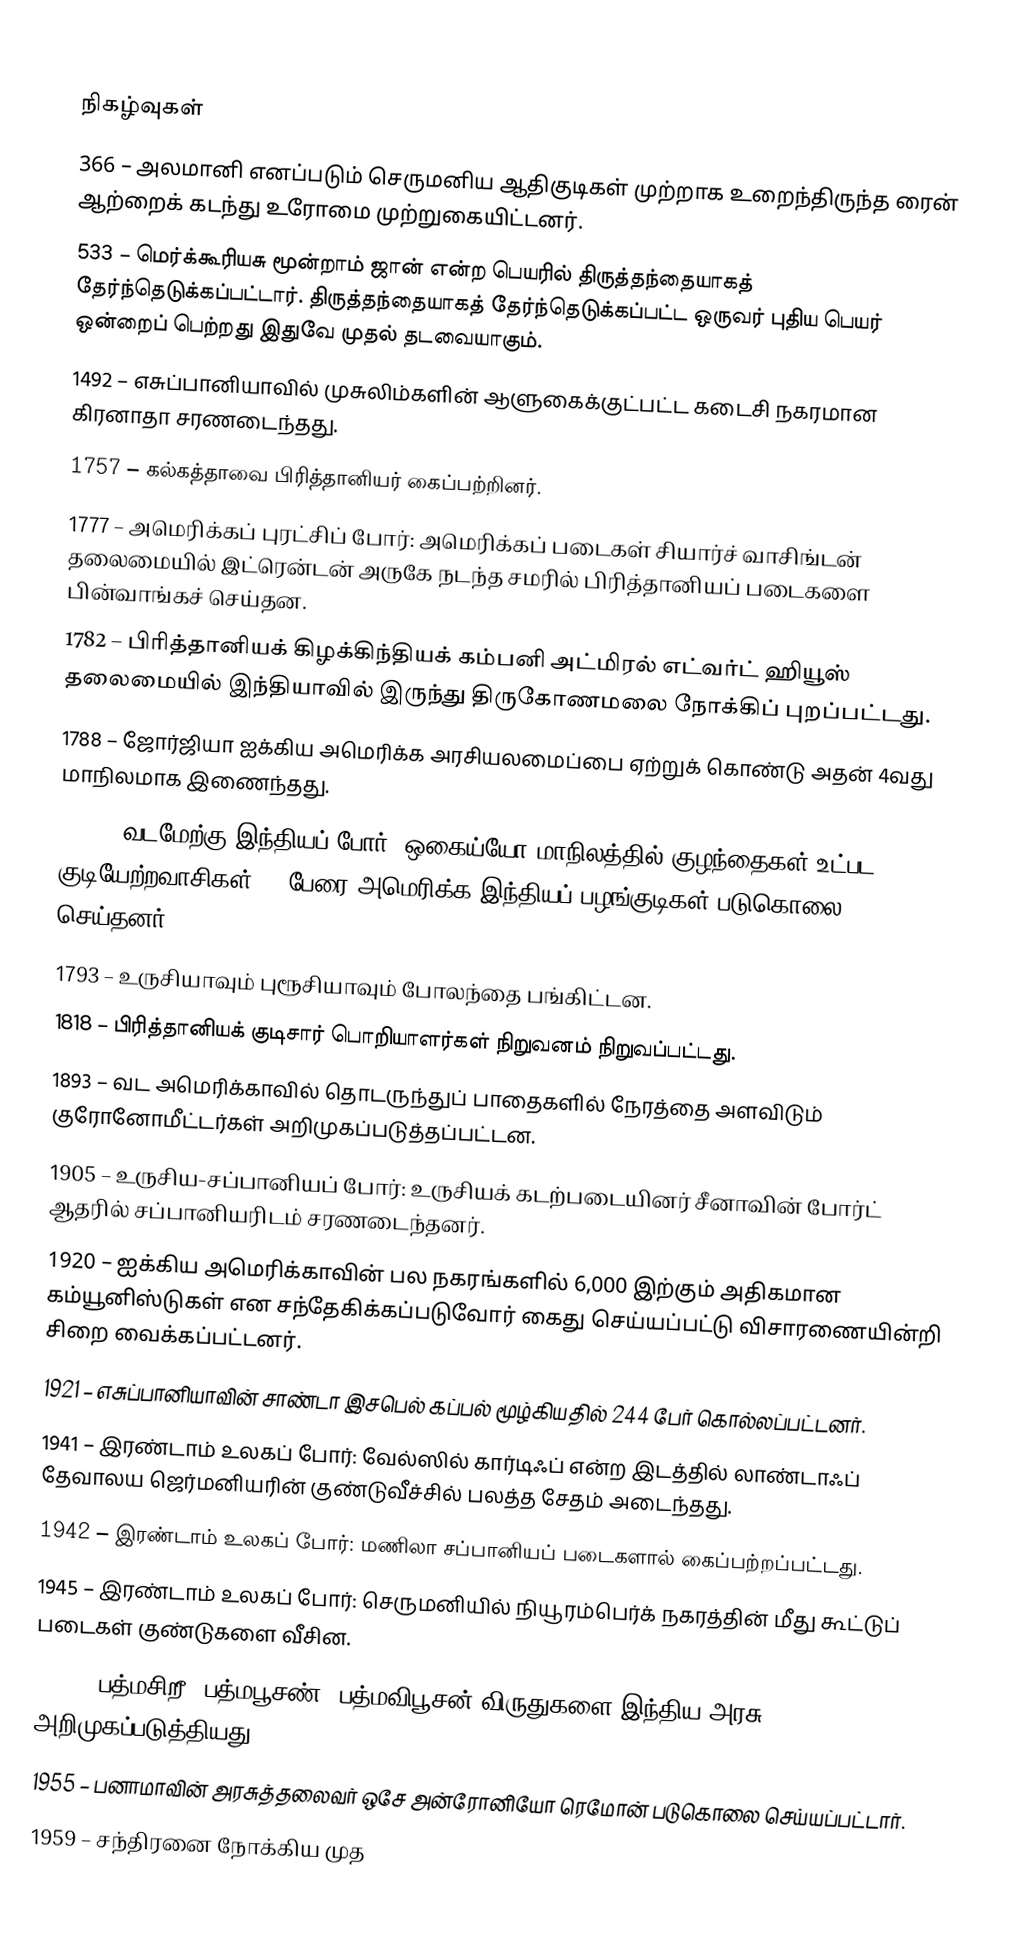

நிகழ்வுகள்
 366 – அலமானி எனப்படும் செருமனிய ஆதிகுடிகள் முற்றாக உறைந்திருந்த ரைன் ஆற்றைக் கடந்து உரோமை முற்றுகையிட்டனர்.
 533 – மெர்க்கூரியசு மூன்றாம் ஜான் என்ற பெயரில் திருத்தந்தையாகத் தேர்ந்தெடுக்கப்பட்டார். திருத்தந்தையாகத் தேர்ந்தெடுக்கப்பட்ட ஒருவர் புதிய பெயர் ஒன்றைப் பெற்றது இதுவே முதல் தடவையாகும்.
1492 – எசுப்பானியாவில் முசுலிம்களின் ஆளுகைக்குட்பட்ட கடைசி நகரமான கிரனாதா சரணடைந்தது.
1757 – கல்கத்தாவை பிரித்தானியர் கைப்பற்றினர்.
1777 – அமெரிக்கப் புரட்சிப் போர்: அமெரிக்கப் படைகள் சியார்ச் வாசிங்டன் தலைமையில் இட்ரென்டன் அருகே நடந்த சமரில் பிரித்தானியப் படைகளை பின்வாங்கச் செய்தன.
1782 – பிரித்தானியக் கிழக்கிந்தியக் கம்பனி அட்மிரல் எட்வர்ட் ஹியூஸ் தலைமையில் இந்தியாவில் இருந்து திருகோணமலை நோக்கிப் புறப்பட்டது.
1788 – ஜோர்ஜியா ஐக்கிய அமெரிக்க அரசியலமைப்பை ஏற்றுக் கொண்டு அதன் 4வது மாநிலமாக இணைந்தது.
1791 – வடமேற்கு இந்தியப் போர்: ஒகைய்யோ மாநிலத்தில் குழந்தைகள் உட்பட குடியேற்றவாசிகள் 14 பேரை அமெரிக்க இந்தியப் பழங்குடிகள் படுகொலை செய்தனர்.
1793 – உருசியாவும் புரூசியாவும் போலந்தை பங்கிட்டன.
1818 – பிரித்தானியக் குடிசார் பொறியாளர்கள் நிறுவனம் நிறுவப்பட்டது.
1893 – வட அமெரிக்காவில் தொடருந்துப் பாதைகளில் நேரத்தை அளவிடும் குரோனோமீட்டர்கள் அறிமுகப்படுத்தப்பட்டன.
1905 – உருசிய-சப்பானியப் போர்: உருசியக் கடற்படையினர் சீனாவின் போர்ட் ஆதரில் சப்பானியரிடம் சரணடைந்தனர்.
1920 – ஐக்கிய அமெரிக்காவின் பல நகரங்களில் 6,000 இற்கும் அதிகமான கம்யூனிஸ்டுகள் என சந்தேகிக்கப்படுவோர் கைது செய்யப்பட்டு விசாரணையின்றி சிறை வைக்கப்பட்டனர்.
1921 – எசுப்பானியாவின் சாண்டா இசபெல் கப்பல் மூழ்கியதில் 244 பேர் கொல்லப்பட்டனர்.
1941 – இரண்டாம் உலகப் போர்: வேல்ஸில் கார்டிஃப் என்ற இடத்தில் லாண்டாஃப் தேவாலய ஜெர்மனியரின் குண்டுவீச்சில் பலத்த சேதம் அடைந்தது.
1942 – இரண்டாம் உலகப் போர்: மணிலா சப்பானியப் படைகளால் கைப்பற்றப்பட்டது.
1945 – இரண்டாம் உலகப் போர்: செருமனியில் நியூரம்பெர்க் நகரத்தின் மீது கூட்டுப் படைகள் குண்டுகளை வீசின.
1954 – பத்மசிறீ, பத்மபூசண், பத்மவிபூசன் விருதுகளை இந்திய அரசு அறிமுகப்படுத்தியது.
1955 – பனாமாவின் அரசுத்தலைவர் ஒசே அன்ரோனியோ ரெமோன் படுகொலை செய்யப்பட்டார்.
1959 – சந்திரனை நோக்கிய முத